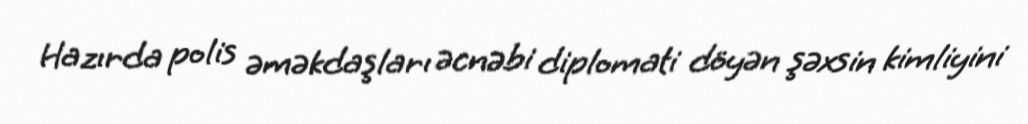
Hazırda polis əməkdaşları əcnəbi diplomati döyən şəxsin kimliyini